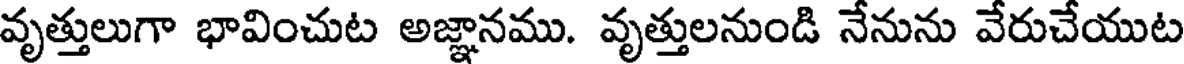
వృత్తులుగా భావించుట అజ్ఞానము. వృత్తులనుండి నేనును వేరుచేయుట